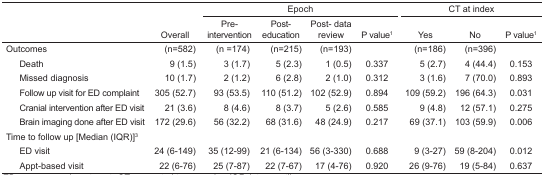
|  |  | <COLSPAN=4> Epoch | <COLSPAN=3> CT at index |
 |  | Overall | Pre-intervention | Post-education | Post-data review | P value1 | Yes | No | P value1 |
 | --- | --- | --- | --- | --- | --- | --- | --- | --- |
 | Outcomes | (n=582) | (n =174) | (n=215) | (n=193) |  | (n=186) | (n=396) |  |
 | Death | 9 (1.5) | 3 (1.7) | 5 (2.3) | 1 (0.5) | 0.337 | 5 (2.7) | 4 (44.4) | 0.153 |
 | Missed diagnosis | 10 (1.7) | 2 (1.2) | 6 (2.8) | 2 (1.0) | 0.312 | 3 (1.6) | 7 (70.0) | 0.893 |
 | Follow up visit for ED complaint | 305 (52.7) | 93 (53.5) | 110 (51.2) | 102 (52.9) | 0.894 | 109 (59.2) | 196 (64.3) | 0.031 |
 | Cranial intervention after ED visit | 21 (3.6) | 8 (4.6) | 8 (3.7) | 5 (2.6) | 0.585 | 9 (4.8) | 12 (57.1) | 0.275 |
 | Brain imaging done after ED visit | 172 (29.6) | 56 (32.2) | 68 (31.6) | 48 (24.9) | 0.217 | 69 (37.1) | 103 (59.9) | 0.006 |
 | <COLSPAN=9> Time to follow up [Median (IQR)]3 |
 | ED visit | 24 (6–149) | 35 (12–99) | 21 (6–134) | 56 (3–330) | 0.688 | 9 (3–27) | 59 (8–204) | 0.012 |
 | Appt-based visit | 22 (6–76) | 25 (7–87) | 22 (7–67) | 17 (4–76) | 0.920 | 26 (9–76) | 19 (5–84) | 0.637 |